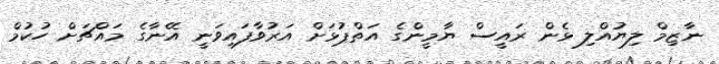
ނާޒިމް ލިޔުއްލި ޅެން ރައީސް ޔާމީންގެ އަތްޕުޅަށް އަރުވާފައިވަނީ އޭނާގެ މައްޗަށް ހުކުމް